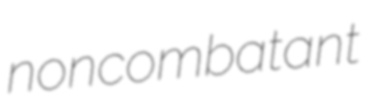
noncombatant